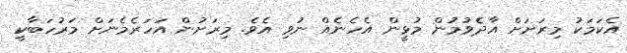
އެކަމަކު މިރަށަށް އާދެވުމުން މުޅީން އެހެނެއް ނުވި އެވެ. މިރަށުން އަހަރެމެނަށް މަރުހަބާކީ